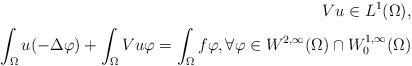
LaTeX: \begin{align*}Vu \in L^1 (\Omega), \\\int_ \Omega u (-\Delta \varphi) + \int_ \Omega Vu \varphi = \int_ \Omega f \varphi, \forall \varphi \in W^{2,\infty}(\Omega) \cap W^{1,\infty}_0 (\Omega)\end{align*}